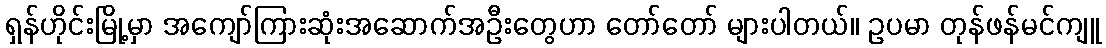
ရှန်ဟိုင်းမြို့မှာ အကျော်ကြားဆုံးအဆောက်အဦးတွေဟာ တော်တော် များပါတယ်။ ဥပမာ တုန်ဖန်မင်ကျူ